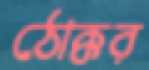
ঠোক্কর